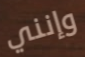
وإنني